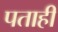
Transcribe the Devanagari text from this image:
पताही